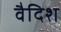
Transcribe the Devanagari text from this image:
वैदिश